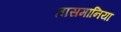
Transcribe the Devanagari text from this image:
तासमानिया